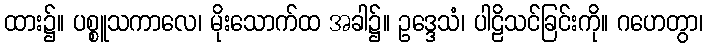
ထား၌။ ပစ္စူသကာလေ၊ မိုးသောက်ထ အခါ၌။ ဥဒ္ဒေသံ၊ ပါဠိသင်ခြင်းကို။ ဂဟေတွာ၊